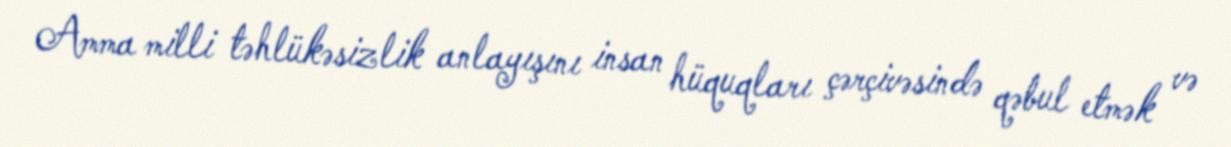
Amma milli təhlükəsizlik anlayışını insan hüquqları çərçivəsində qəbul etmək və